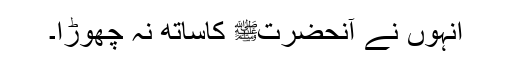
انہوں نے آنحضرتﷺ کاساتھ نہ چھوڑا۔